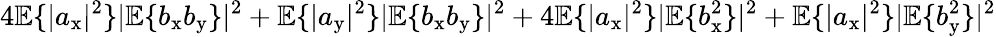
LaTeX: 4\mathbb{E}\{ |a_{\mathrm{x}}|^{2}\} |\mathbb{E}\{ b_{\mathrm{x}}b_{\mathrm{y}}\} |^{2}+\mathbb{E}\{ |a_{\mathrm{y}}|^{2}\} |\mathbb{E}\{ b_{\mathrm{x}}b_{\mathrm{y}}\} |^{2}+4\mathbb{E}\{ |a_{\mathrm{x}}|^{2}\} |\mathbb{E}\{ b_{\mathrm{x}}^{2}\} |^{2}+\mathbb{E}\{ |a_{\mathrm{x}}|^{2}\} |\mathbb{E}\{ b_{\mathrm{y}}^{2}\} |^{2}